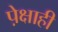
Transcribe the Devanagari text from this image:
पे़क्षाही